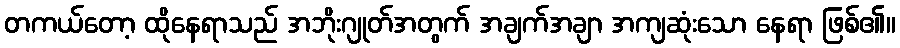
တကယ်တော့ ထိုနေရာသည် အဘိုးဂျုတ်အတွက် အချက်အချာ အကျဆုံးသော နေရာ ဖြစ်၏။